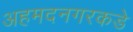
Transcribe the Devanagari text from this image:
अहमदनगरकडे